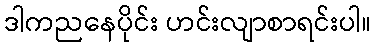
ဒါကညနေပိုင်း ဟင်းလျာစာရင်းပါ။